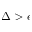
\Delta > \epsilon